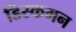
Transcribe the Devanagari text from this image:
डिस्कमन